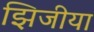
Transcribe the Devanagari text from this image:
झिजीया